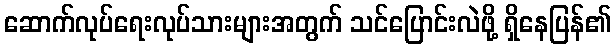
ဆောက်လုပ်ရေးလုပ်သားများအတွက် သင်ပြောင်းလဲဖို့ ရှိနေပြန်၏